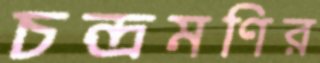
চন্দ্রমণির